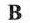
B